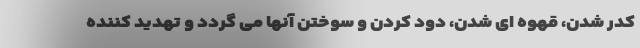
کدر شدن، قهوه ای شدن، دود کردن و سوختن آنها می گردد و تهدید کننده